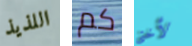
اللذيذ كم لأختي